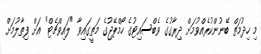
މި ހިދުމަތް ބޭނުންކުރެއްވުމަށް ދިރާގުގެ ވެބްސައިޓުގެ ހޯމްޕޭޖުގެ މަތީގައިވާ "ލައިވްޗެޓް" އަށް ފިތާލުމަށް